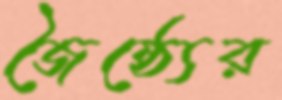
জৈষ্ঠ্যের